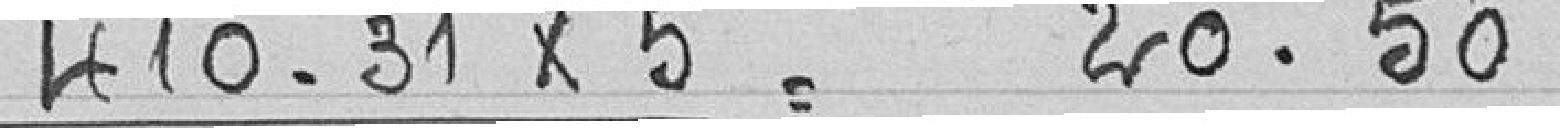
410.31X5 = 20.50